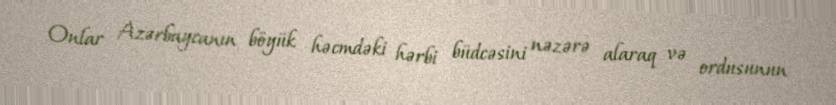
Onlar Azərbaycanın böyük həcmdəki hərbi büdcəsini nəzərə alaraq və ordusunun